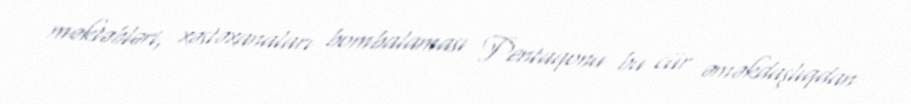
məktəbləri, xəstəxanaları bombalaması Pentaqonu bu cür əməkdaşlıqdan